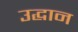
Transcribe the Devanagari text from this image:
उद्धान